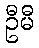
ဦမီ